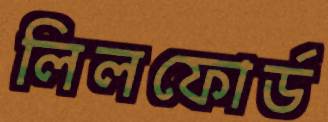
লিলফোর্ড